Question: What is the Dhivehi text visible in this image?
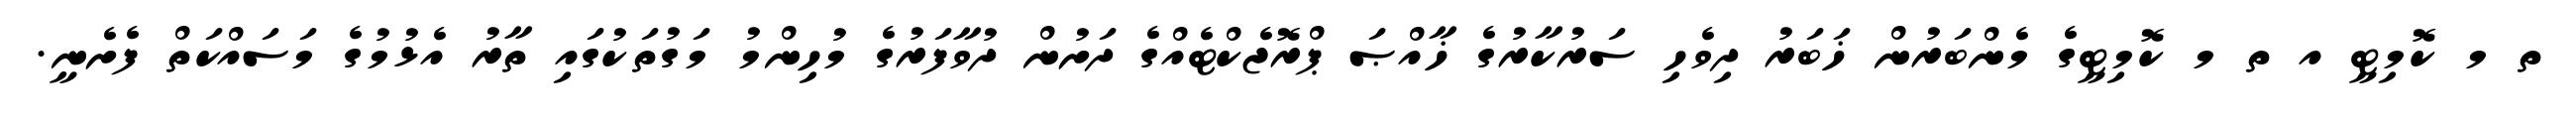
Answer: ތ މ ކޮމިޓީ އ ތ މ ކޮމިޓީގެ މެންބަރުން ޚަބަރު ދިވެހި ސަރުކާރުގެ ޚާއްޞަ ޕްރޮޖެކްޓެއްގެ ދަށުން ދުވާފަރުގެ މުހިންމު މަގުތަކުގައި ތާރު އެޅުމުގެ މަސައްކަތް ފެށެނީ.